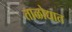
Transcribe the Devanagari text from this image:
ताळोद्यात